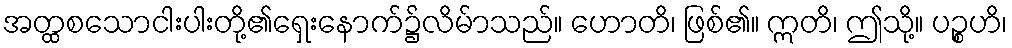
အတ္ထစသောငါးပါးတို့၏ရှေးနောက်၌လိမ်ာသည်။ ဟောတိ၊ ဖြစ်၏။ ဣတိ၊ ဤသို့။ ပဉ္စဟိ၊